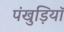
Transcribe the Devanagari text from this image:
पंखुड़ियॉ